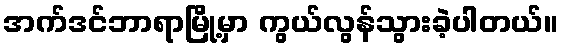
အက်ဒင်ဘာရာမြို့မှာ ကွယ်လွန်သွားခဲ့ပါတယ်။